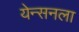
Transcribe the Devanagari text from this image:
येन्सनला